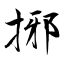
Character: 捓